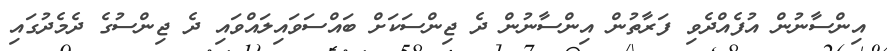
އިންސާނުން އުފެއްދެވި ފަރާތުން އިންސާނުން ދެ ޖިންސަކަށް ބައްސަވައިލައްވައި ދެ ޖިންސުގެ ދެމެދުގައި